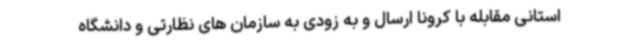
استانی مقابله با کرونا ارسال و به زودی به سازمان های نظارتی و دانشگاه